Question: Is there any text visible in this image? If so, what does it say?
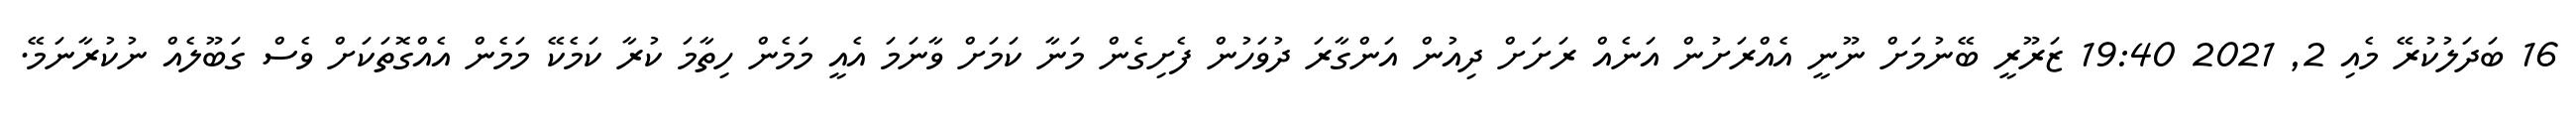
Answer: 16 ބަދަލުކުރޭ މެއި 2, 2021 19:40 ޒަރޫރީ ބޭނުމަށް ނޫނީ އެއްރަށުން އަނެއް ރަށަށް ދިއުން އަންގާރަ ދުވަހުން ފެށިގެން މަނާ ކަމަށް ވާނަމަ އެއީ މަމެން ހިތާމަ ކުރާ ކަމެކޭ މަމެން އެއްގޮތަކަށް ވެސް ގަބޫލެއް ނުކުރާނަމޭ.